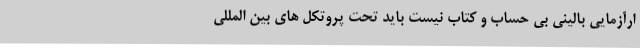
ارآزمایی بالینی بی حساب و کتاب نیست باید تحت پروتکل های بین المللی